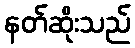
နတ်ဆိုးသည်